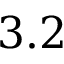
3 . 2